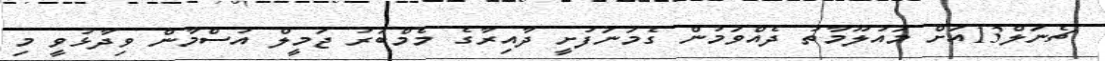
ޗެނަލް13އަށް މައުލޫމާތު ދެއްވަމުން ގެމަނަފުށީ ދާއިރާގެ މެމްބަރު ޖަމީލް އުސްމާން ވިދާޅުވީ މި